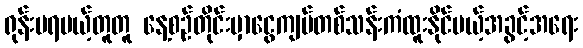
ရုန်းမရမယ့်တူတူ နေ့စဉ်တိုင်းမှာငွေကျပ်တစ်သန်းကံထူးနိုင်မယ့်အခွင့်အရေး